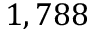
1 , 7 8 8